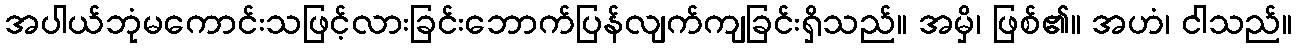
အပါယ်ဘုံမကောင်းသဖြင့်လားခြင်းဘောက်ပြန်လျက်ကျခြင်းရှိသည်။ အမှိ၊ ဖြစ်၏။ အဟံ၊ ငါသည်။